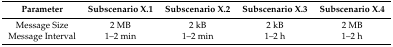
| Parameter | Subscenario X.1 | Subscenario X.2 | Subscenario X.3 | Subscenario X.4 |
 | --- | --- | --- | --- | --- |
 | Message Size | 2 MB | 2 kB | 2 kB | 2 MB |
 | Message Interval | 1–2 min | 1–2 min | 1–2 h | 1–2 h |